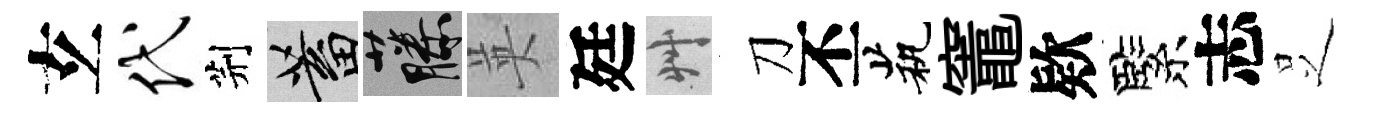
𤣥代荆蓄藤英廷艸刀丕茕竈欵緊志𠯁